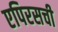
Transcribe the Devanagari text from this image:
एपिरसची